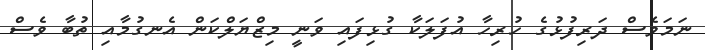
ނަމަވެސް ދަރިފުޅުގެ ހުރިހާ އުފަލަކާ ގުޅިފައި ވަނީ މިޒްޔަލްކަން އެނގުމާއި ތުބާ ވެސް